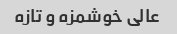
عالی خوشمزه و تازه